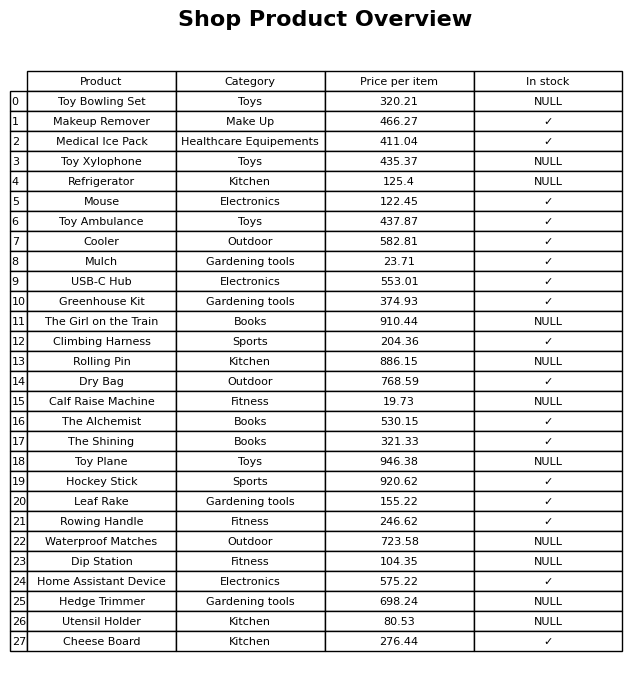
question: What is the price of the Home Assistant Device?
answer: The price of Home Assistant Device is 575.22.